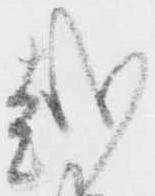
越